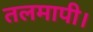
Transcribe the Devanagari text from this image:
तलमापी।